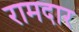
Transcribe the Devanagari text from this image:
रामदार